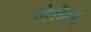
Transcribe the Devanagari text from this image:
लेन्निए